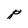
Character: p